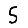
Digit: 5